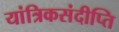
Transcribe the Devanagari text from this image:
यांत्रिकसंदीप्ति